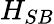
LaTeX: {{H}_{SB}}